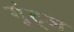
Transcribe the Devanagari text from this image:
गुंट्ज